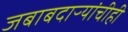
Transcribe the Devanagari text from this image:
जबाबदाऱ्यांचीही